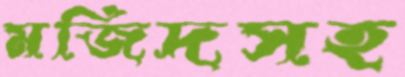
মজিদসহ